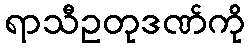
ရာသီဥတုဒဏ်ကို